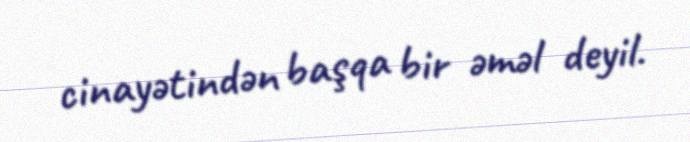
cinayətindən başqa bir əməl deyil.